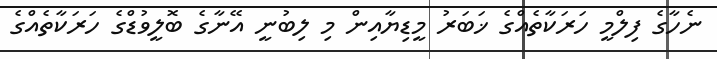
ނެހާގެ ފިލްމީ ހަރަކާތެއްގެ ޚަބަރު މީޑިޔާއިން މި ލިބުނީ އޭނާގެ ބޮލީވުޑްގެ ހަރަކާތެއްގެ